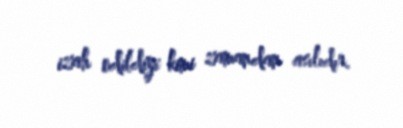
izah edildiyi kimi zamandan asılıdır.